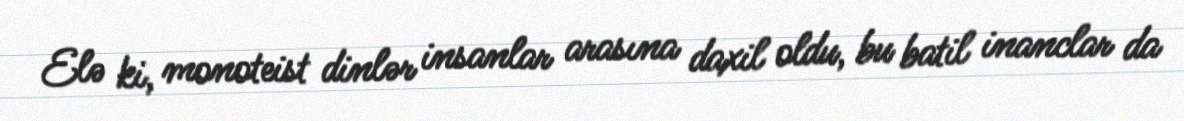
Elə ki, monoteist dinlər insanlar arasına daxil oldu, bu batil inanclar da